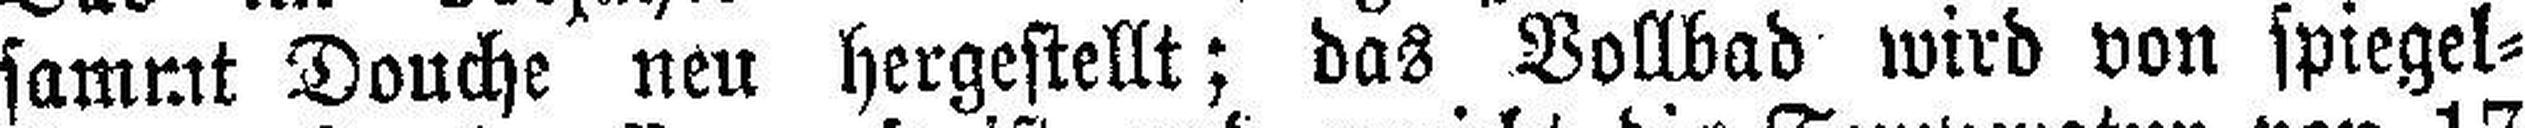
sammt Douche neu hergestellt; das Vollbad wird von spiegel¬